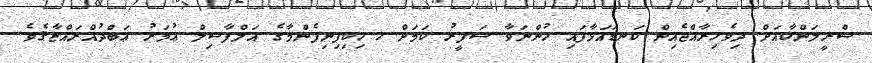
ސްރީލަންކާއަށް ދިވެހިރާއްޖެއިން ކަނޑައަޅާފައި ހުންނަވާ ސަފީރު ކަމަށް ހ.ހިކިފިނިފެންމާގެ އަލްފާޟިލް ޢުމަރު ޢަބްދުއްރައްޒާޤެވެ.